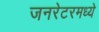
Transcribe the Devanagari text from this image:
जनरेटरमध्ये